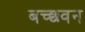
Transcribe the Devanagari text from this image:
बच्छवन